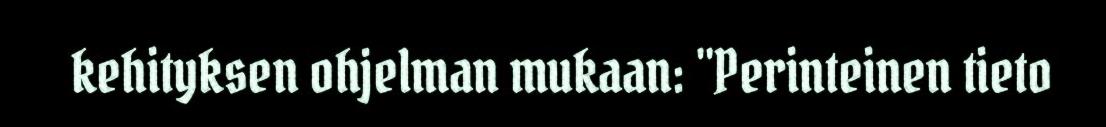
kehityksen ohjelman mukaan: "Perinteinen tieto